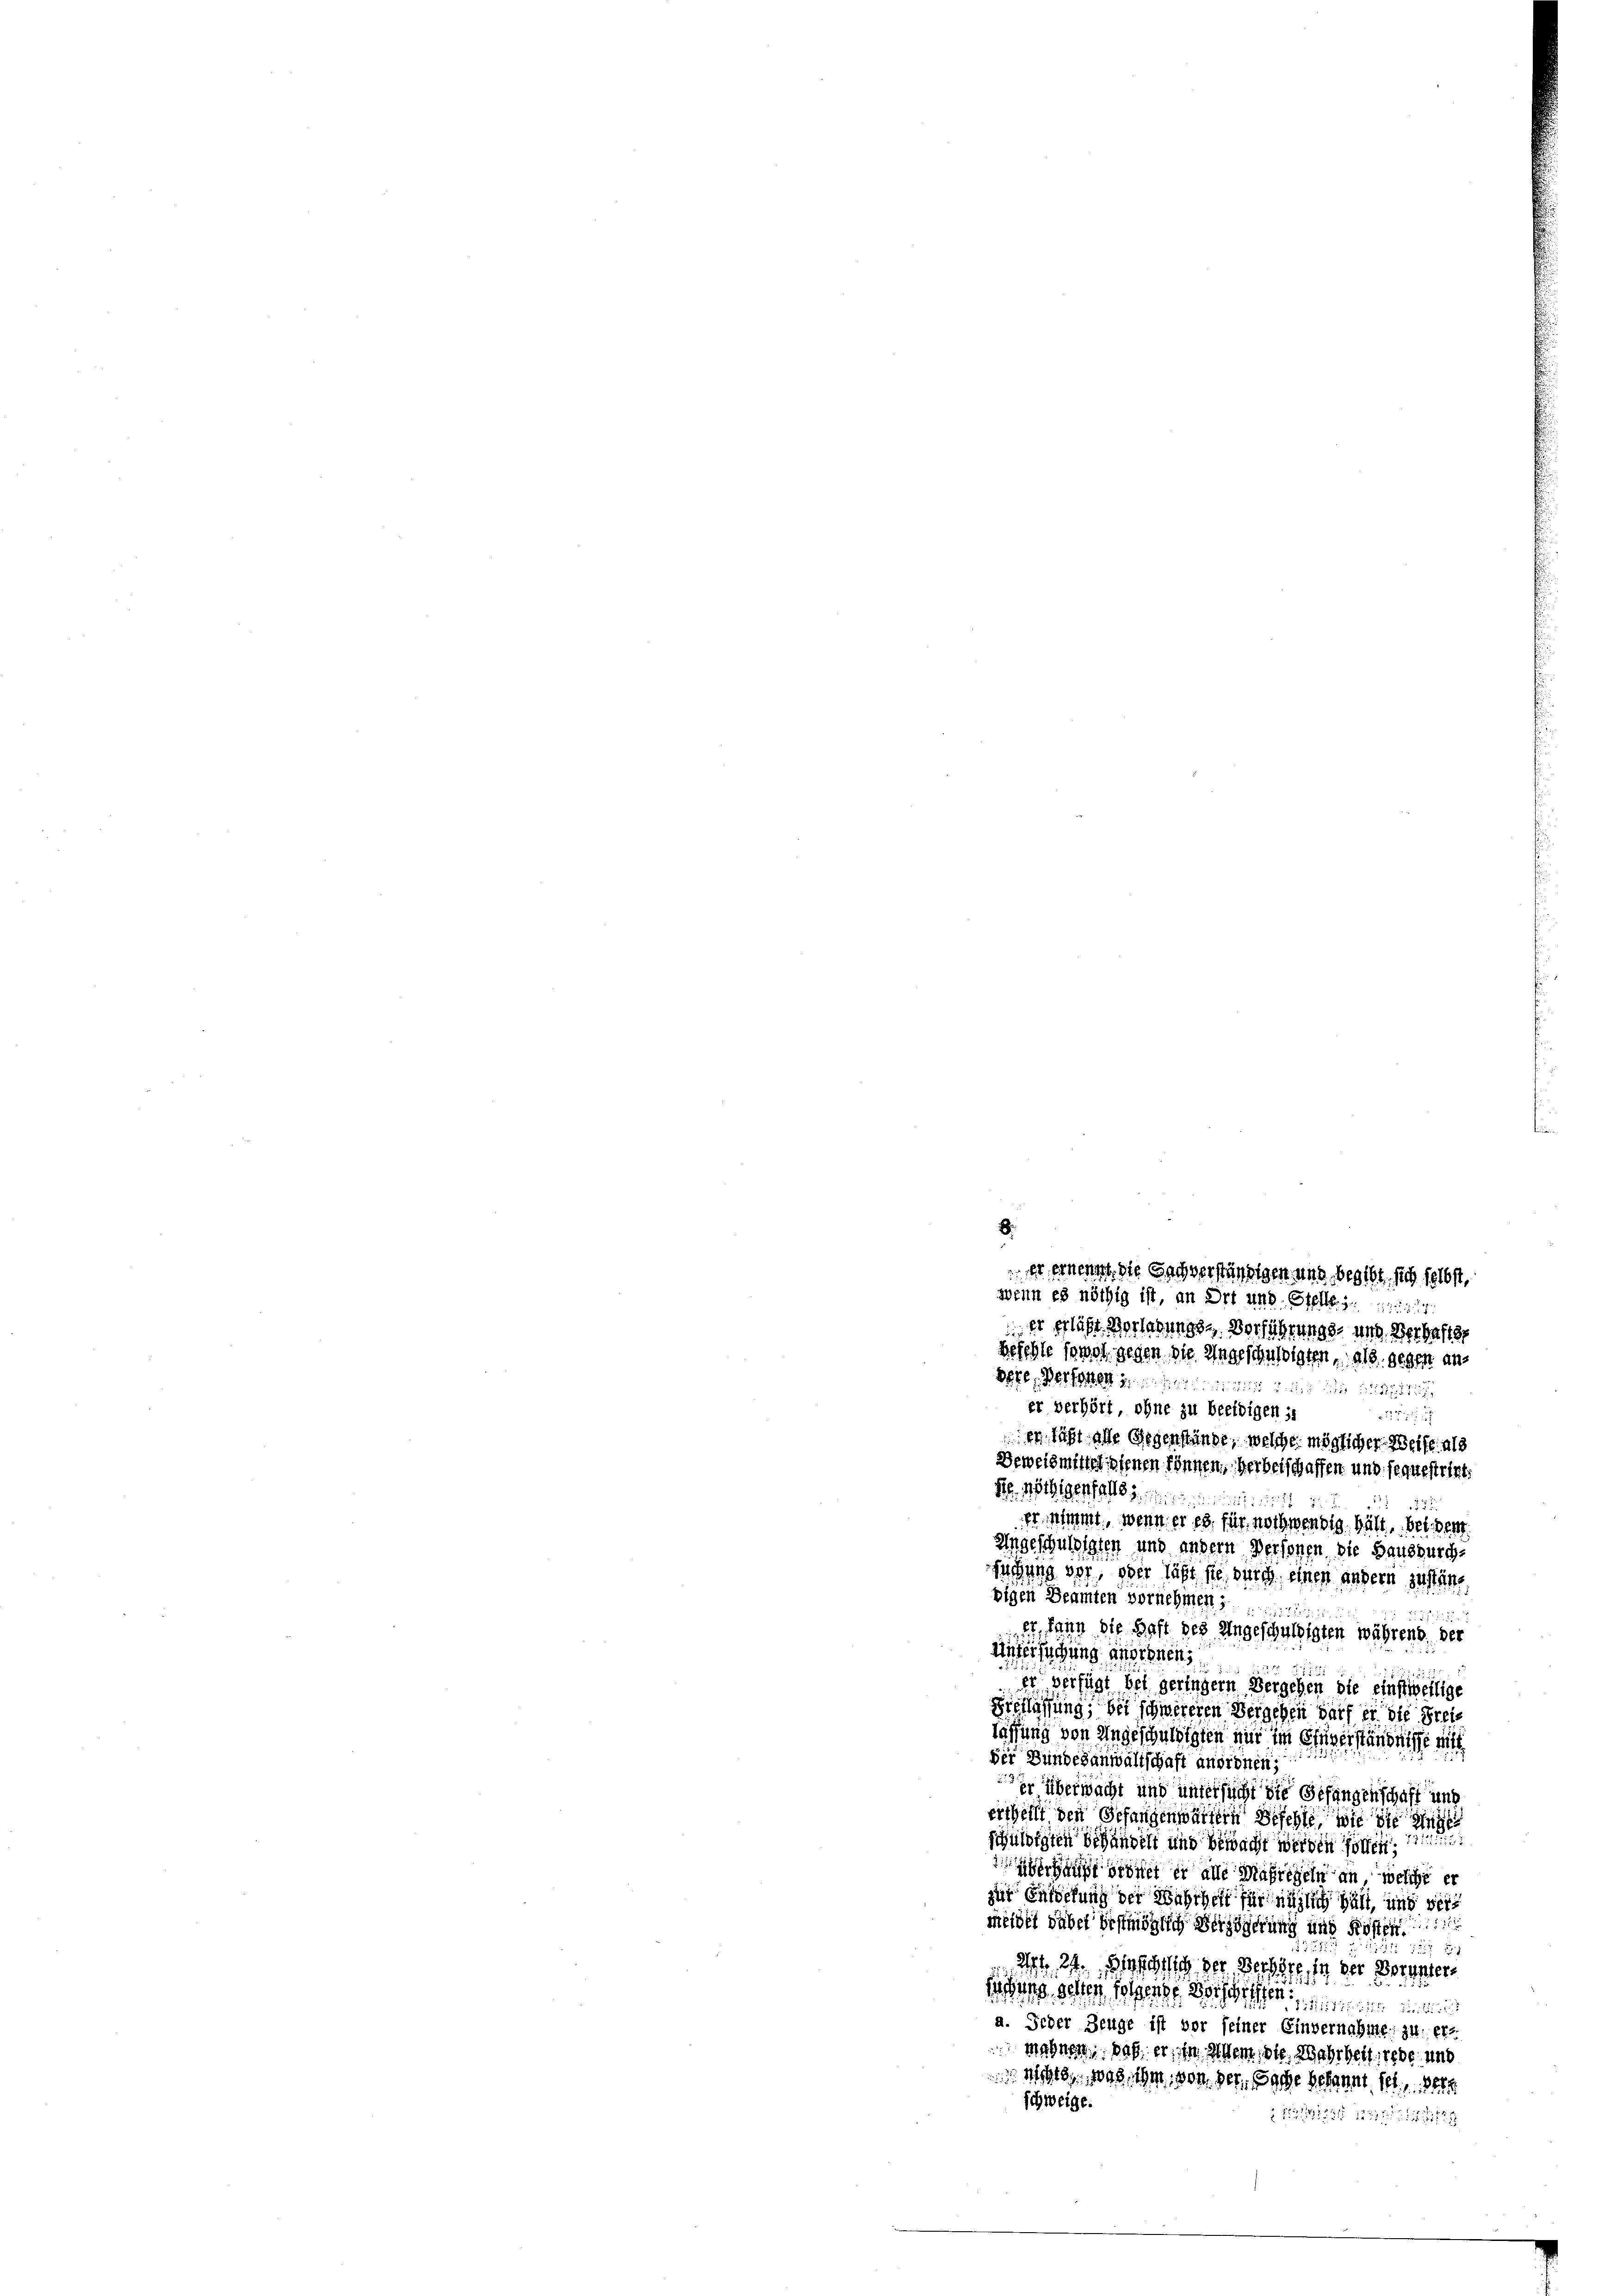
8.
er einen die Sachverständigen und begibt sich selbst,
wenn es nöthig ist, an Ort und Stelle g
Er pflicht Vorladungs-Verführungs- und Verhafts
Befehle sowol gegen die Angeschuldigten, als gegen an
Were Personen in den ein einstige
er verhört ohne zu beeidigen s
71

er sicht alle Gegenstände, welche möglicher Weise als
Beweismittel sehenen können, Verbetschaffen und sequestrirt.
N. Jthigenfalls 2. 12
22
555.
erahmt, wenn er es für noch wendig hält, bei der
Angeschulosten und andern Personen die Hausburch-
ugung vor, oder läßt sie durch einen andern zustänbigen Beamten vornehmen ......
257. 52
er kann die Haft des Angeschuldigten während, der
dnerschung anordnen,
 1152
er verfügt bei geringern Vergehen die einstweilige
.
Ereflassung, bei schwereren Vergeben darf er die Freilaffung von eingeschuldigten nur im Eheverständnisse mitt
der Bundesanwaltschaft anordnen;
r überwacht und untersucht die Gefangenschaft und
ertheilt den Gefangenwärtern Befehle wie die Ange
125
schuldigten behandelt und bewacht werden sollen,
  in alle Maßregeln an welche er
zur Entschung der Wahrheit für möglich hält, und vermeidet dabei bestmöglich Verzögerung und Kosten
1252
at. 24. Diese sich der Verschef, in der Voruntersung gelten Folgende verschriften in diesen unter
a. Jeder Zeuge ist vor seiner Einvernahme zu er-
mahnen, daß er, in einem die Wahrheit iebe und
 Mater 1898, ihm, von der Sache bekannt et 1848
schweige.
2163 (2122 17217211/1828